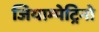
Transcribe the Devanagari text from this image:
जियाम्पेट्रिनो